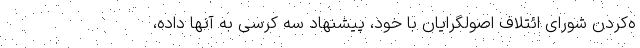
ه‌کردن شورای ائتلاف اصولگرایان با خود، پیشنهاد سه کرسی به آنها داده،